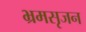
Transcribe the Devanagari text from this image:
भ्रमसृजन